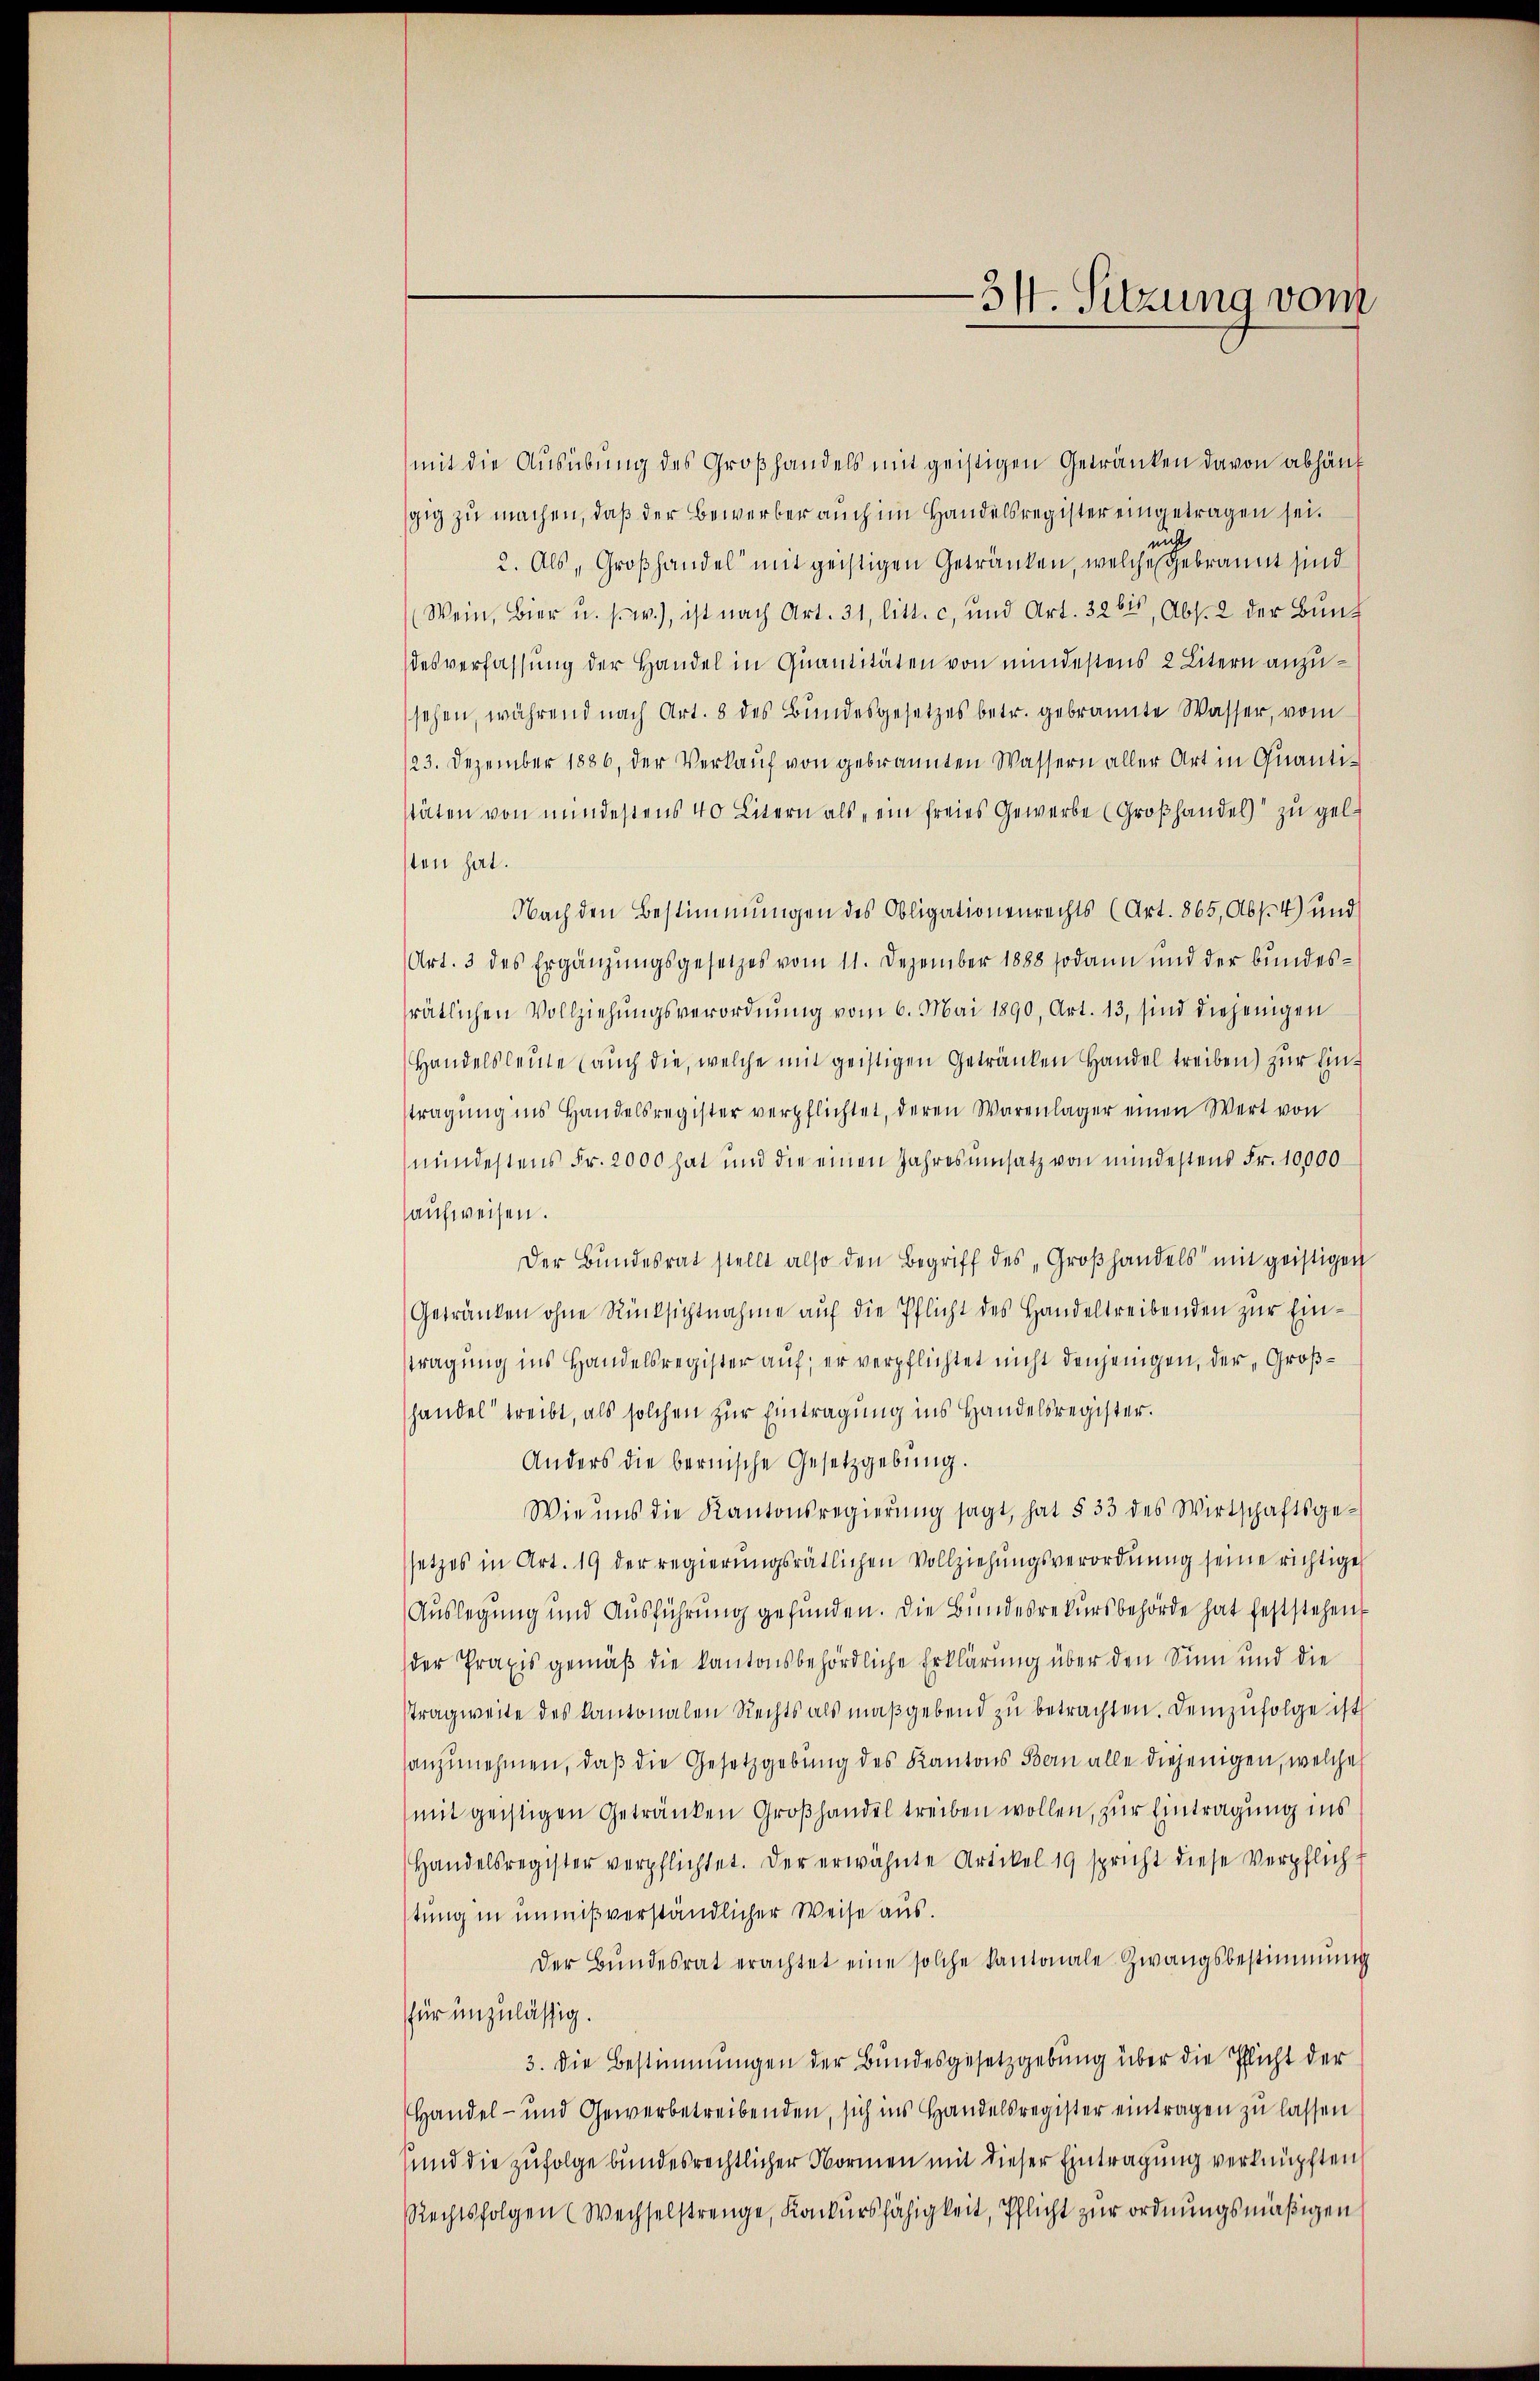
mit die Ausübung des Großhandels mit geistigen Getränken davon abhänggig zu machen, daß der Bewerber auch im Handelsregister eingetragen sei.
in
2. Als Großhandel mit geistigen Getränken, welche gebrannt sind
(Wein, Bier u. s. w.), ist nach Art. 31, litt. c, und Art. 326, Abs. 2 der Bundesverfassung der Handel in Quantitäten von mindestens 2 Litern anzusehen, während nach Art. 8 des Bundesgesetzes betr. gebrannte Wasser, vom
23. Dezember 1886, der Verkauf von gebrannten Wassern aller Art in Quanti-
stäten von mindestens 40 Litern als „ein freies Gewerbe (Groβhandel zu gelt
sten hat.
Nach den Bestimmungen des Obligationenrechts (Art. 865, Abs. 4) und
Art. 3 des Ergänzŭngsgesetzes vom 11. Dezember 1888 sodann und der bundes-
srätlichen Vollziehungsverordnung vom 6. Mai 1890, Art. 13, sind diejenigen
Handelsleute auch die, welche mit geistigen Getränken Handel treiben) zur Einstragung ins Handelsregister verpflichtet, deren Warenlager einen Wert von
mindestens Fr. 2000 hat und die einen Jahresumsatz von mindestens Fr. 10,000
aufweisen.
Der Bŭndesrat stellt also den Begriff des „Groβhandels mit geistigen
Getränken ohne Rücksichtnahme aŭf die Pflicht des Handeltreibenden zur Einstragung ins Handelsregister auf; er verpflichtet nicht denjenigen, der Großhandel treibt, als solchen zur Eintragung ins Handelsregister.
Anders die bernische Gesetzgebung.
Wie uns die Kantonsregierŭng sagt, hat § 33 des Wirtschaftsgesetzes in Art. 19 der regierungsrätlichen Vollziehungsverordnung seine richtige
Auslegung und Ausführung gefunden. Die Bundesrekursbehörde hat feststehen
der Praxis gemäß die kantonsbehördliche Erklärung über den Sinn und die
Tragweite des Kantonalen Rechts als maßgebend zu betrachten. Demzufolge ist
anzunehmen, daß die Gesetzgebung des Kantons Bern alle diejenigen, welche
(mit geistigen Getränken Großhandel treiben wollen, zur Eintragung ins
Handelsregister verpflichtet. Der erwähnte Artikel 19 spricht diese Verpflich-
tung in unmißverständlicher Weise aus.
Der Bŭndesrat erachtet eine solche kantonale Zwangsbestimmung
für unzulässig.
3. Die Bestimmungen der Bundesgesetzgebung über die Pflicht der
Handel- und Gewerbetreibenden, sich ins Handelsregister eintragen zu lassen
und die zufolge bundesrechtlicher Normen mit dieser Eintragung verknüpften
Rechtsfolgen (Wechselstrenge, Konkursfähigkeit, Pflicht zur ordnungsmäßigen

34. Sitzung vom